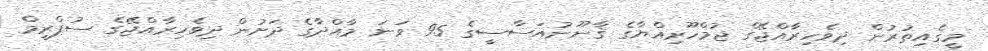
މީގެއިތުރުން ދިވެހިރާއްޖޭގެ ޖުމްހޫރިއްޔާގެ ޤާނޫނުއަސާސީގެ 95 ވަނަ މާއްދާގެ ދަށުން ދިވެހިރާއްޖޭގެ ސުޕްރީމް